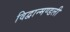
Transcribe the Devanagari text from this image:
विद्वान्मण्डली